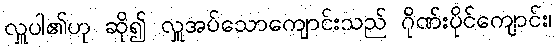
လှူပါ၏ဟု ဆို၍ လှူအပ်သောကျောင်းသည် ဂိုဏ်းပိုင်ကျောင်း၊